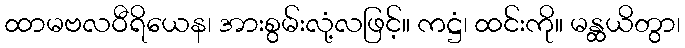
ထာမဗလဝီရိယေန၊ အားစွမ်းလုံ့လဖြင့်။ ကဋ္ဌံ၊ ထင်းကို။ မန္ထယိတွာ၊